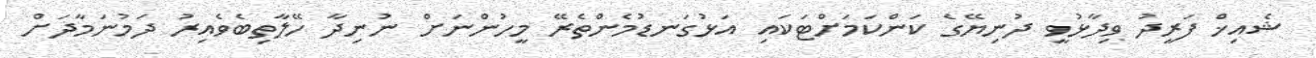
ޝެއިޚް ފަރީދު ވިދާޅުވީ ދުނިޔޭގެ ކަންކަމަށްޓަކައި އަޅުގަނޑުމެންތެރޭ މީހުންނަށް ނުނިދާ ހޭލާތިބެވެއިރު ދަމުނަމާދަށް